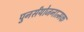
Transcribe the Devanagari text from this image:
पुनर्संयोजनात्मक